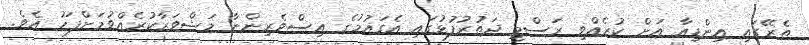
ތެރޭގައި އިންޑިއާ އަށް ކުރެއްވި ރަސްމީ ދަތުރުފުޅުގައި އެގައުމުގެ އިސްވެެރިިންނާ މަޝްވަރާކުރެއްވުމަށްފަހު އެވެ.